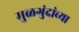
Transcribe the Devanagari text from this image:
मुळगुंदांच्या